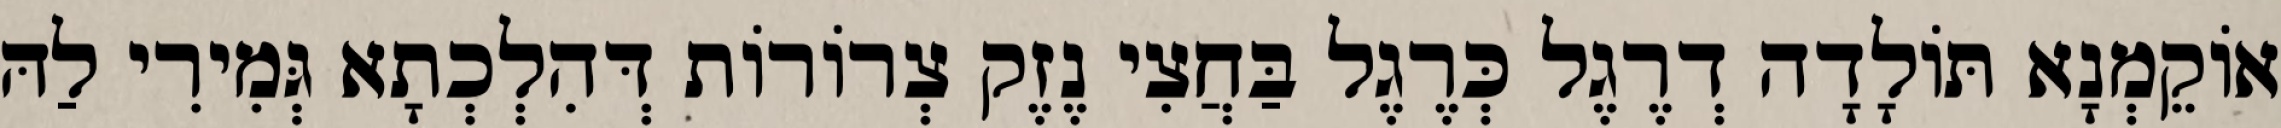
אוֹקֵמְנָא תּוֹלָדָה דְרֶגֶל כְּרֶגֶל בַּחֲצִי נֶזֶק צְרוֹרוֹת דְּהִלְכְתָא גְּמִירִי לַהּ